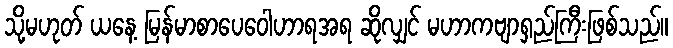
သို့မဟုတ် ယနေ့ မြန်မာစာပေဝေါဟာရအရ ဆိုလျှင် မဟာကဗျာရှည်ကြီးဖြစ်သည်။